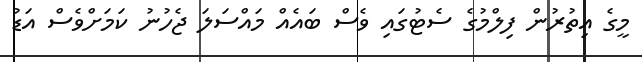
މީގެ އިތުރުން ފިލްމުގެ ސެޓުގައި ވެސް ބައެއް މައްސަލަ ޖެހުނު ކަމަށްވެސް އަޑު